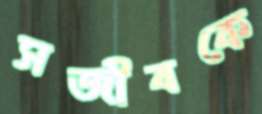
সজীবকে